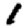
Digit: 1